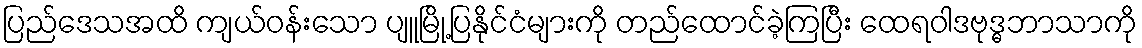
ပြည်ဒေသအထိ ကျယ်ဝန်းသော ပျူမြို့ပြနိုင်ငံများကို တည်ထောင်ခဲ့ကြပြီး ထေရဝါဒဗုဒ္ဓဘာသာကို